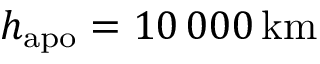
h _ { \mathrm { a p o } } = 1 0 \, 0 0 0 \, \mathrm { k m }